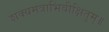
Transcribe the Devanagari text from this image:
शक्यमत्राभिवीक्षितुम्॥